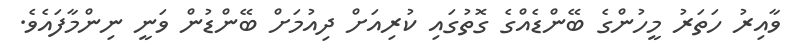
ވާއިރު ހަތަރު މީހުންގެ ބޭންޑެއްގެ ގޮތުގައި ކުރިއަށް ދިއުމަށް ބޭންޑުން ވަނީ ނިންމާފައެވެ.